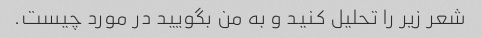
شعر زیر را تحلیل کنید و به من بگویید در مورد چیست.